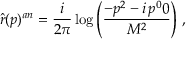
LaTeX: \hat { r } ( p ) ^ { a n } = \frac { i } { 2 \pi } \log \left( \frac { - p ^ { 2 } - i \, p ^ { 0 } 0 } { M ^ { 2 } } \right) \, ,